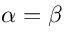
\alpha = \beta